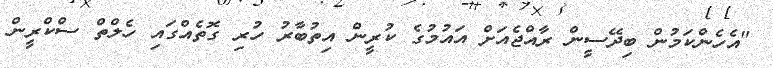
"އެހެންކަމުން ބިދޭސީން ރާއްޖެއަށް އައުމުގެ ކުރީން އިތުބާރު ހުރި ގޮތެއްގައި ހެލްތް ސްކްރީން